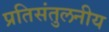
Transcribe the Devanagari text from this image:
प्रतिसंतुलनीय